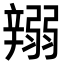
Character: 𨐪